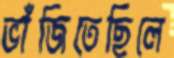
ভাঁজিতেছিলে